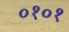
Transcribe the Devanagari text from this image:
०१०१